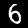
Digit: 6